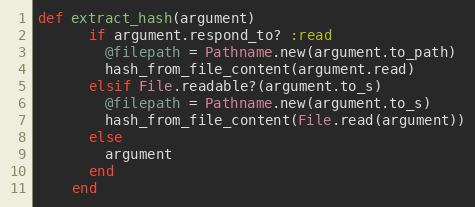
Language: Ruby
def extract_hash(argument)
      if argument.respond_to? :read
        @filepath = Pathname.new(argument.to_path)
        hash_from_file_content(argument.read)
      elsif File.readable?(argument.to_s)
        @filepath = Pathname.new(argument.to_s)
        hash_from_file_content(File.read(argument))
      else
        argument
      end
    end